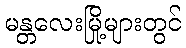
မန္တလေးမြို့များတွင်